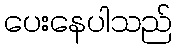
ပေးနေပါသည်